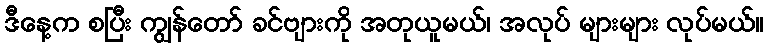
ဒီနေ့က စပြီး ကျွန်တော် ခင်ဗျားကို အတုယူမယ်၊ အလုပ် များများ လုပ်မယ်။